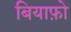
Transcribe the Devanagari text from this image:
बियाफ़ो